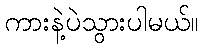
ကားနဲ့ပဲသွားပါမယ်။